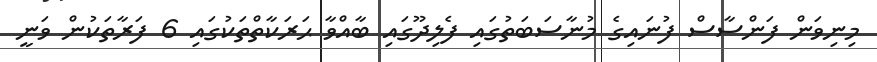
މިނިވަން ފަންސާސް ފުނައިގެ މުނާސަބަތުގައި ފެލިދޫގައި ބާއްވާ ޙަރަކާތްތަކުގައި 6 ފަރާތަކުން ވަނީ